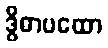
ဒွိဓာပထော